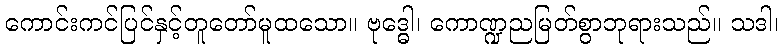
ကောင်းကင်ပြင်နှင့်တူတော်မူထသော။ ဗုဒ္ဓေါ၊ ကောဏ္ဍညမြတ်စွာဘုရားသည်။ သဒါ၊